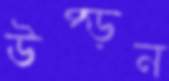
উপ্‌ড়ন